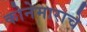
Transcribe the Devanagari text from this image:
कोनेमाराचे